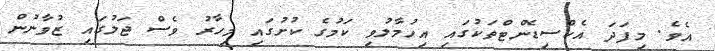
އެވެ. މިފަދަ އެކްސިޑެންޓްތަކުގައި އިހުމާލުވި ކަމުގެ ކުށުގައި މިހާރު ވެސް ޖަލުގައި ޒުވާނުން